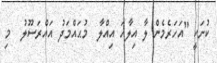
ކުށަކީ "އަހަރެމެން ލާ އިލާހަ އިއްލާ  މުޙައްމަދު އައްރަސޫލު  މި